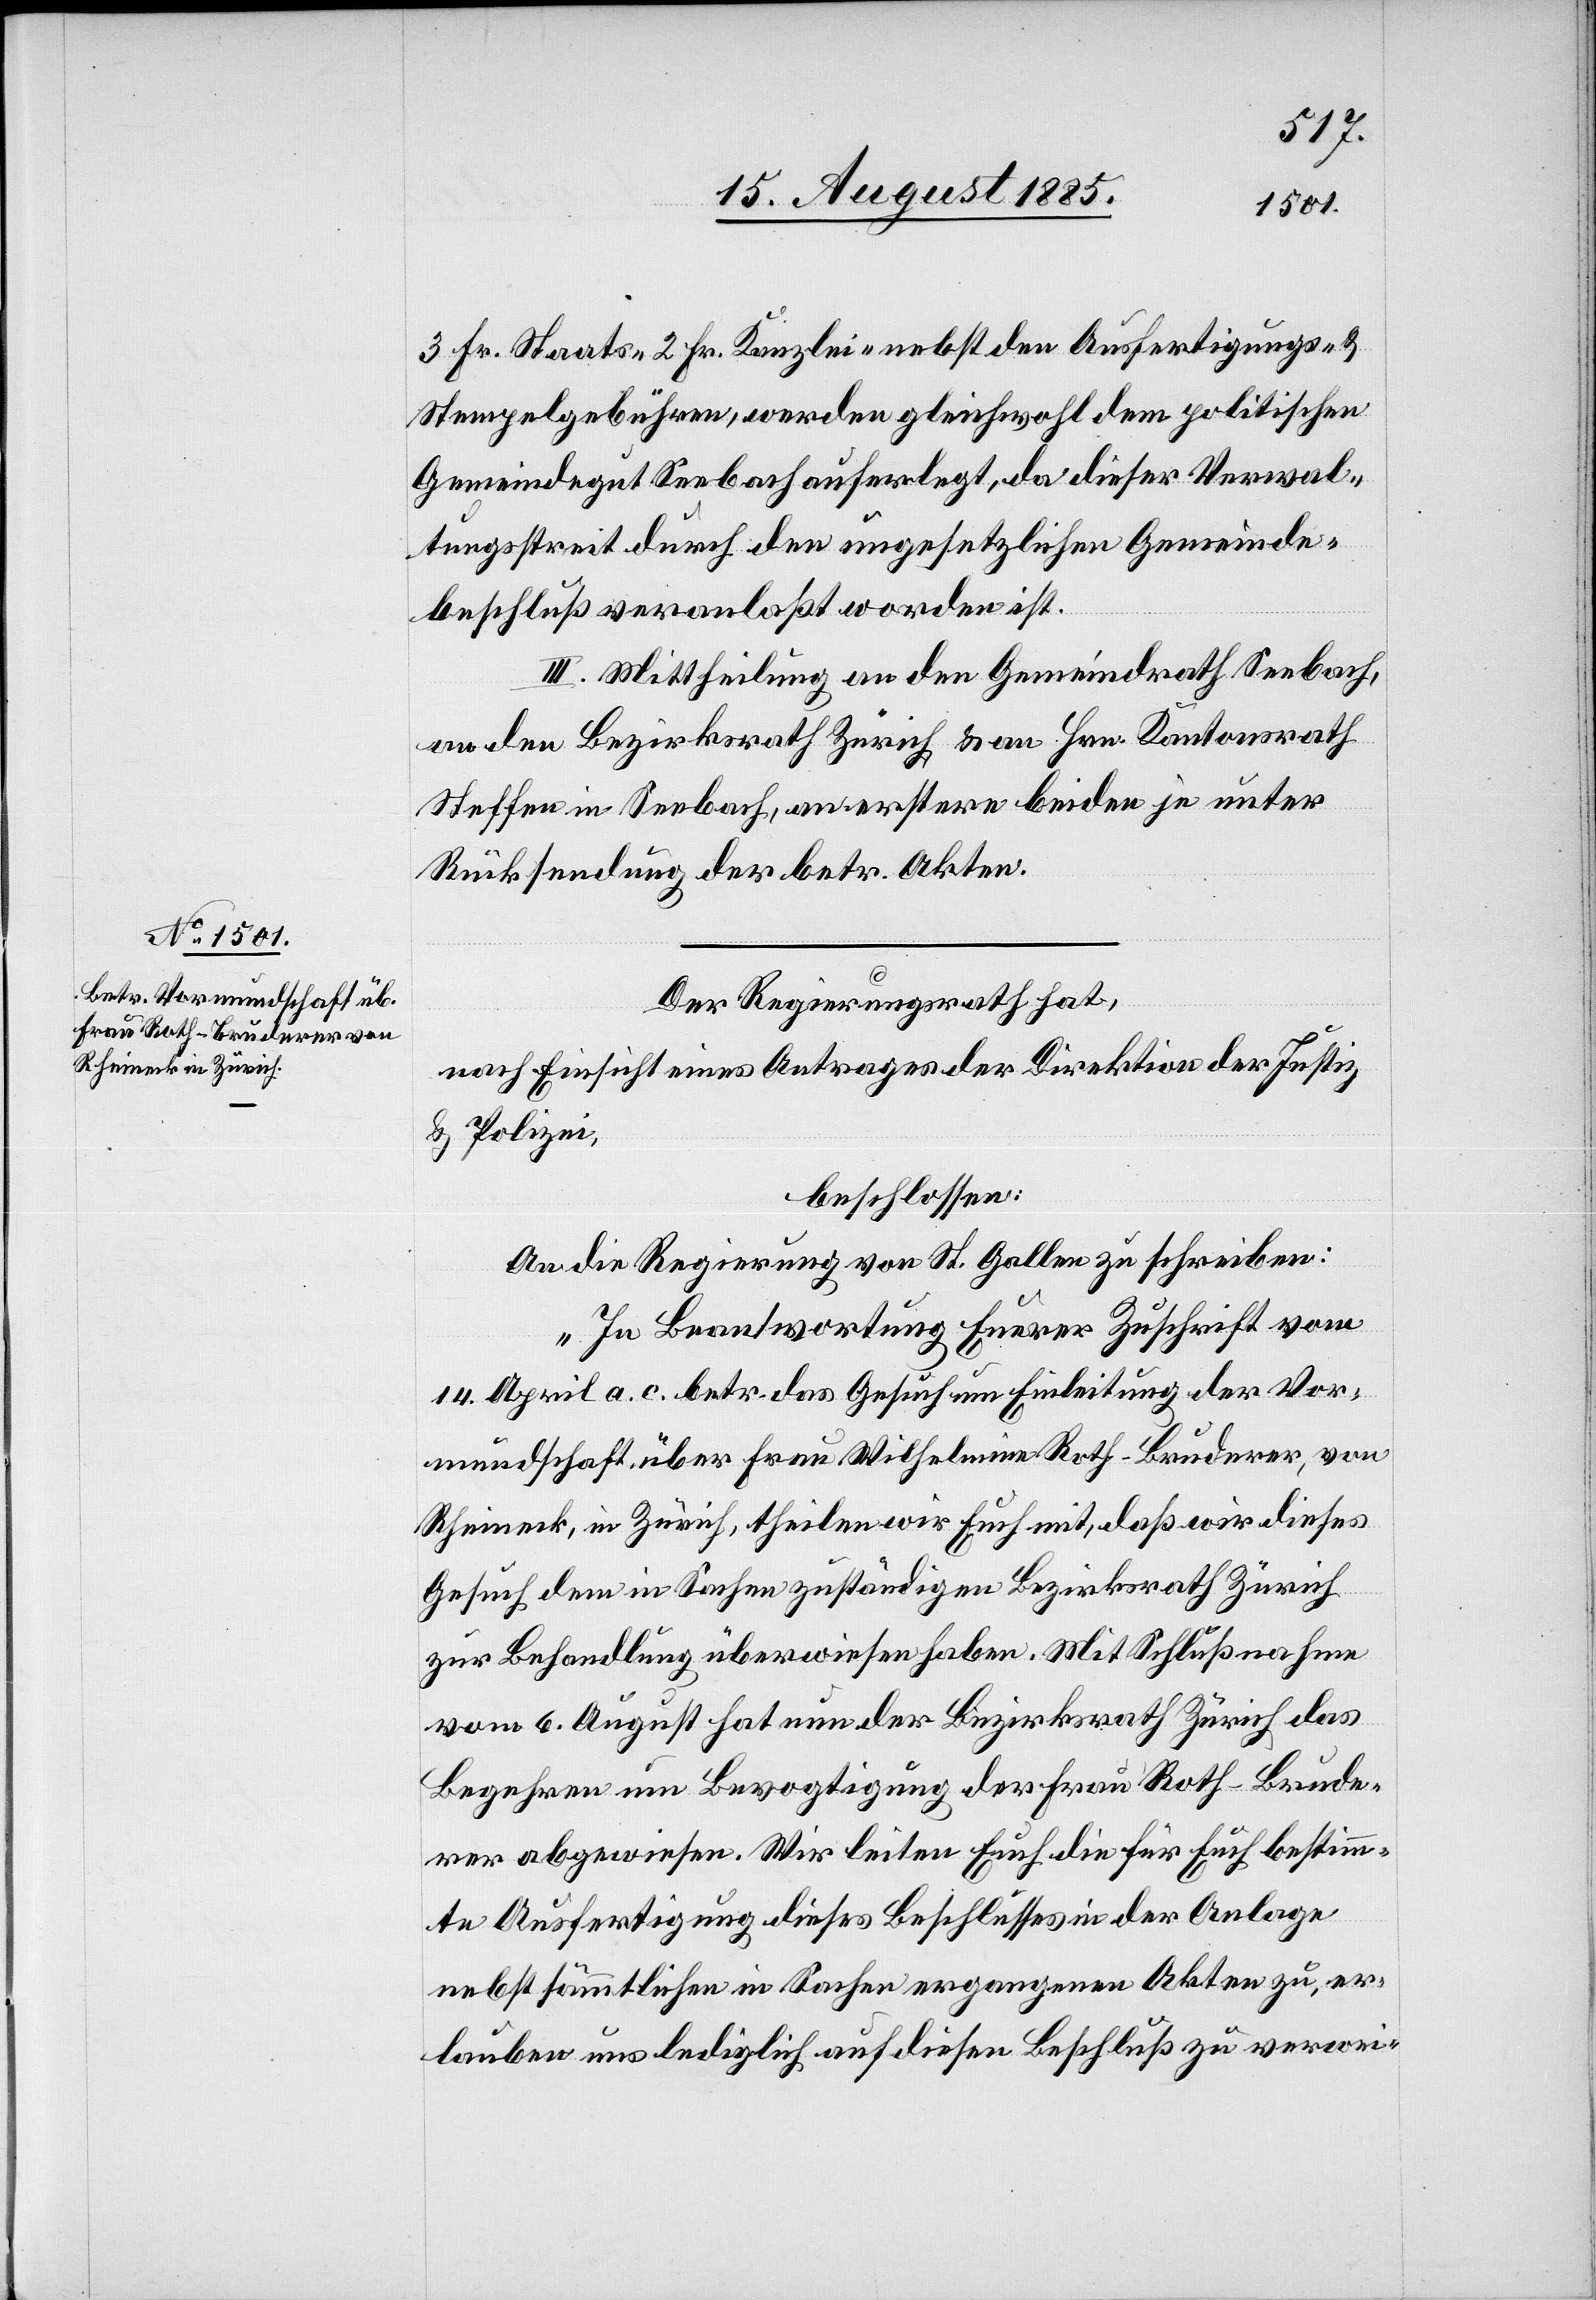
3 Fr. Staats-[,] 2 Fr. Kanzlei nebst den Ausfertigungs- &
Stempelgebühren, werden gleichwohl dem politischen
Gemeindegut Seebach auferlegt, da dieser Verwal¬
tungsstreit durch den ungesetzlichen Gemeinde¬
beschluß veranlaßt worden ist.
III. Mittheilung an den Gemeindrath Seebach,
an den Bezirksrath Zürich & an Hrn. Kantonsrath
Steffen in Seebach, an erstere beiden je unter
Rücksendung der betr. Akten.
Der Regierungsrath hat,
nach Einsicht eines Antrages der Direktion der Justiz
& Polizei,
beschlossen:
An die Regierung von St. Gallen zu schreiben:
„In Beantwortung Euerer Zuschrift vom
14. April a. c. betr. das Gesuch um Einleitung der Vor¬
mundschaft über Frau Wilhelmina Roth-Bruderer, von
Rheineck, in Zürich, theilen wir Euch mit, daß wir dieses
Gesuch dem in Sachen zuständigen Bezirksrath Zürich
zur Behandlung überwiesen haben. Mit Schlußnahme
vom 6. August hat nun der Bezirksrath Zürich das
Begehren um Bevogtigung der Frau Roth-Brude¬
rer abgewiesen. Wir leiten Euch die für Euch bestimm¬
te Ausfertigung dieses Beschlusses in der Anlage
nebst sämmtlichen in Sachen ergangenen Akten zu, er¬
lauben uns lediglich auf diesen Beschluß zu verwei-